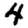
Digit: 4